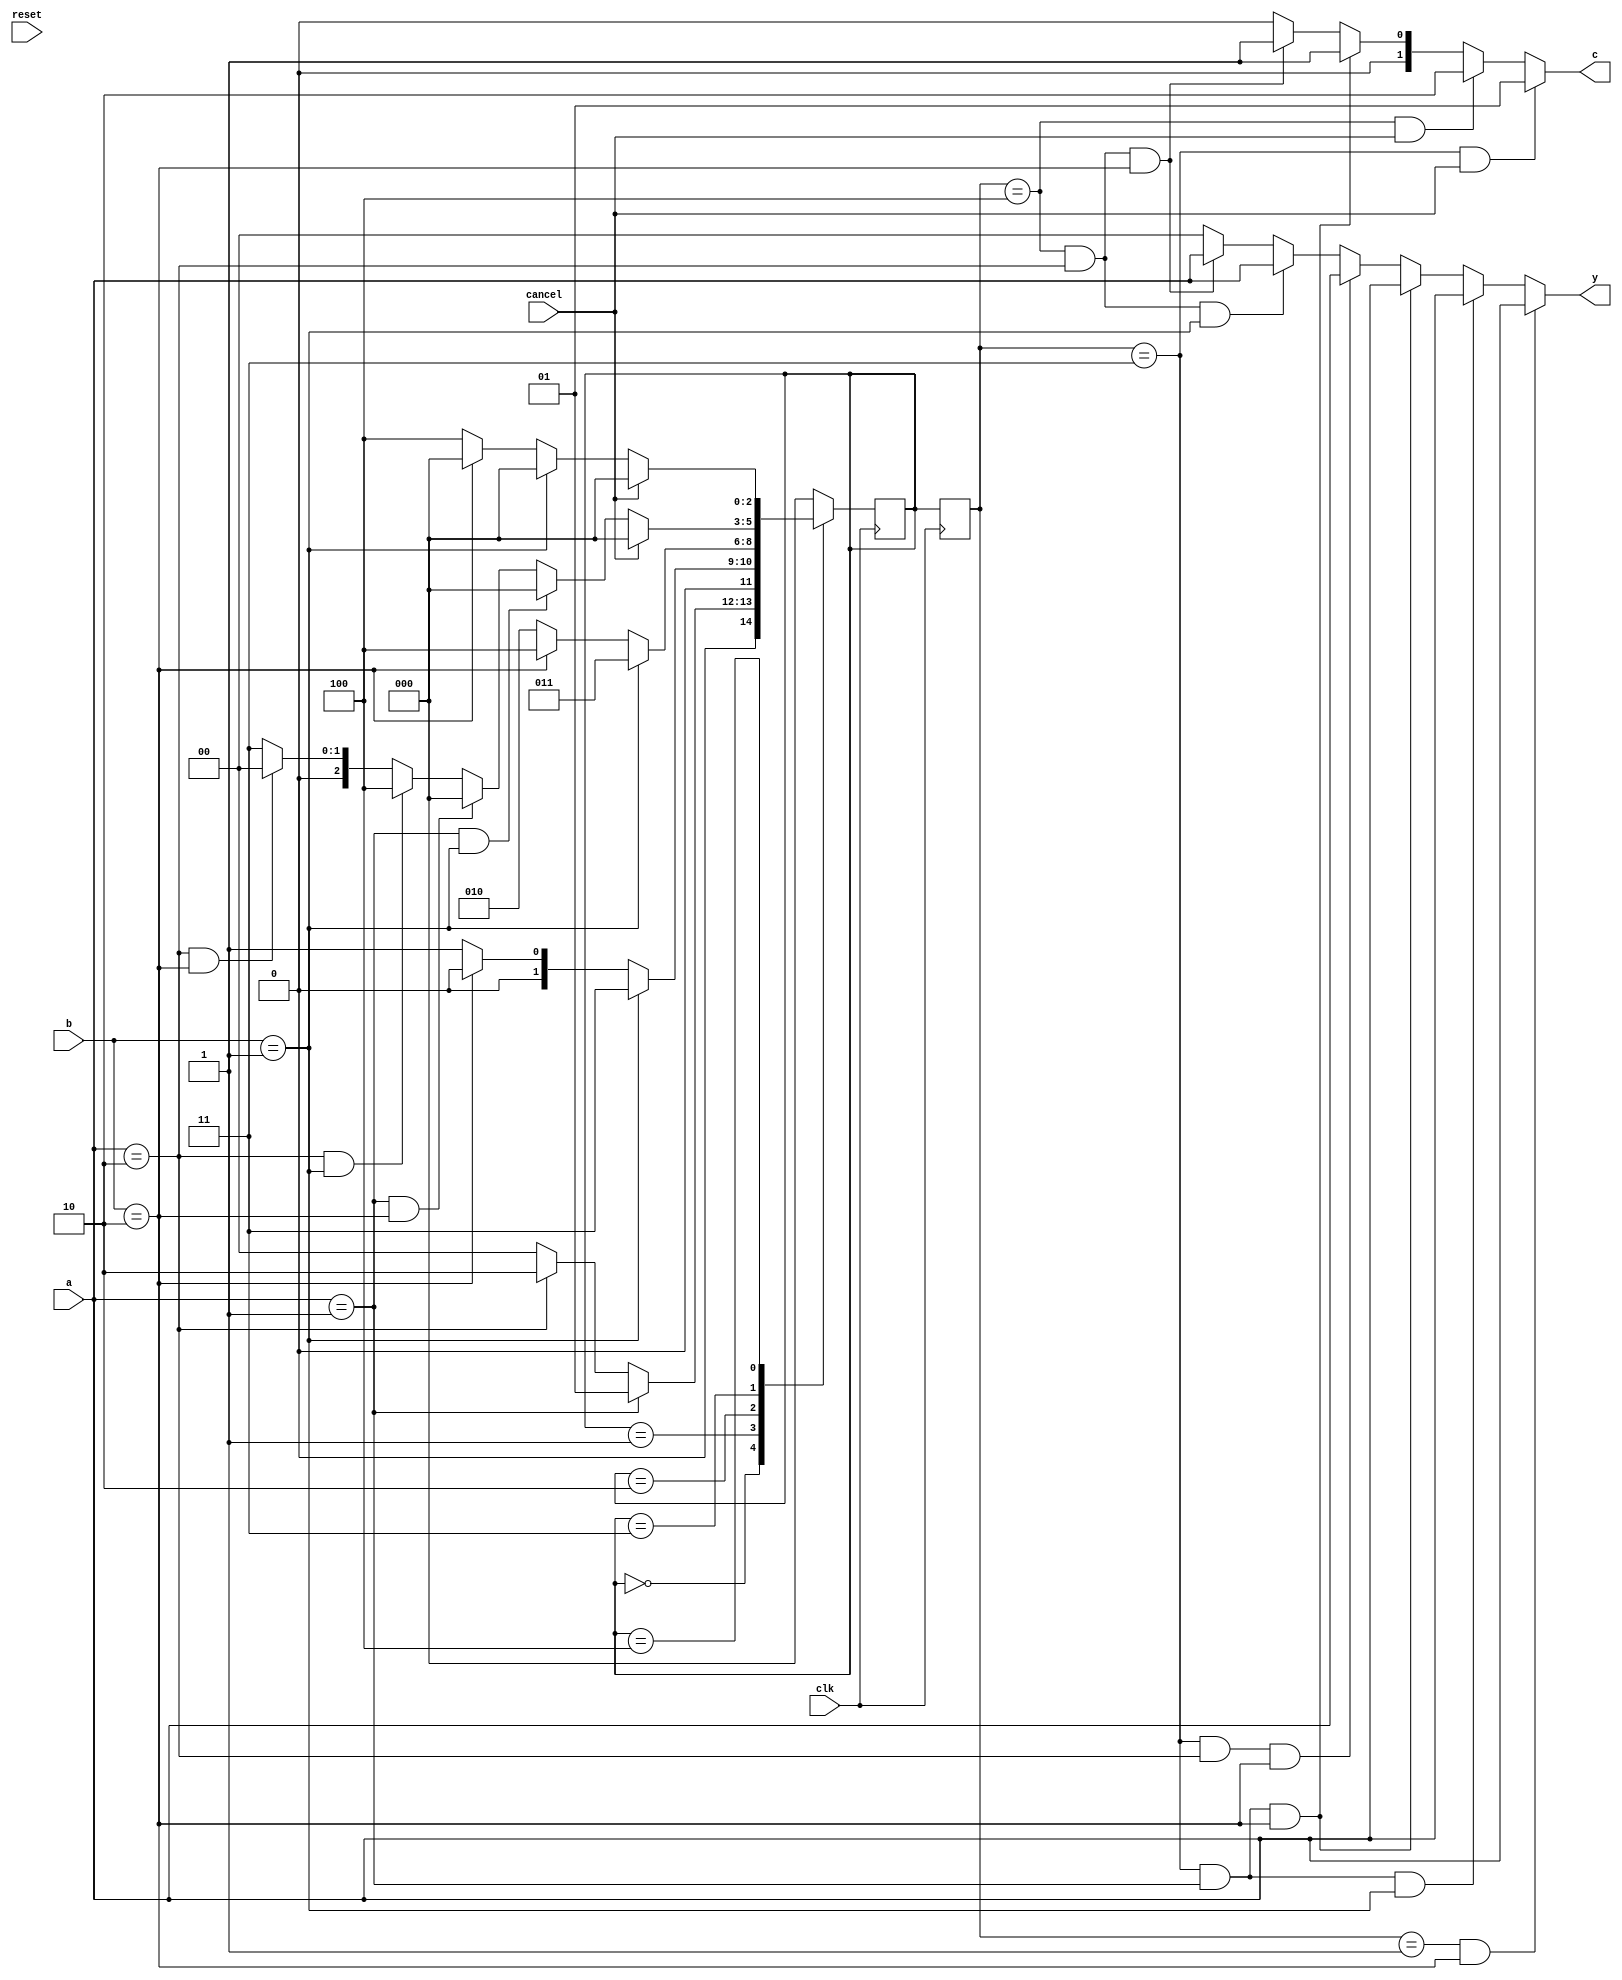
// vm.v
/*
 a : select drink (CocaCola/Pepsi: 01/10)
 b : enter money (Rs 5/10: 01/10)
 y : dispense drink (CocaCola/Pepsi: 01/10)
 c : return change (Rs 0/5/10: 00/01/10)
*/
`timescale 1ns/1ns
module VM(
    input [1:0] a,b,
    input clk,
    input reset,
    input cancel,
    output [0:1] y,c);
    reg [2:0] currentstate, nextstate;

    // States
    parameter s0 = 3'b000;  // Reset, Rs.0
    parameter s1 = 3'b001;  // CocaCola (Rs.10)
    parameter s2 = 3'b010;  // Pepsi    (Rs.15)
    parameter s3 = 3'b011;  // Rs.5
    parameter s4 = 3'b100;  // Rs.10

    always @(posedge clk) begin
        currentstate <= nextstate ;

        //while (!reset) begin
        case (nextstate)

           s0:
               if(a==2'b01)             nextstate <=s1;
               else if(a==2'b10)        nextstate <=s2;
               else                     nextstate <=s0;

           s1:
               if(b==2'b01)             nextstate <=s3;
               else if(b==2'b10)        nextstate <=s0; // c=0
               else                     nextstate <=s1;

           s2:
               if(b==2'b01)             nextstate <=s3;
          else if(b==2'b10)             nextstate <=s4;
          else                          nextstate <=s2;

           s3:
               if(cancel)               nextstate <=s0; // c=5
          else if(a==2'b01 & b==2'b01)  nextstate <=s0; // c=0
          else if(a==2'b01 & b==2'b10)  nextstate <=s0; // c=5
          else if(a==2'b10 & b==2'b01)  nextstate <=s4;
          else if(a==2'b10 & b==2'b10)  nextstate <=s0; // c=0
               else                     nextstate <=s3;

           s4:
               if(cancel)               nextstate <=s0; // c=10
          else if(b==2'b01)             nextstate <=s0; // c=0
          else if(b==2'b10)             nextstate <=s0; // c=5
               else                     nextstate <=s4;
               
           default:                     nextstate <=s0;
       endcase
       end
       // Manual Reset
       //assign reset = !reset;
       //nextstate <=s0;
       //end
       
       // Dispense drink/change
       assign y = (currentstate == s1 & b == 2'b10)?a :
                  (currentstate == s3 & a == 2'b01 & b == 2'b01)?a :
                  (currentstate == s3 & a == 2'b01 & b == 2'b10)?a :
                  (currentstate == s3 & a == 2'b10 & b == 2'b10)?a :
                  (currentstate == s4 & a == 2'b10 & b == 2'b01)?a :
                  (currentstate == s4 & a == 2'b10 & b == 2'b10)?a :
                  2'b00;
              
       assign c = (currentstate == s3 & cancel)?2'b01 :
                  (currentstate == s4 & cancel)?2'b10 :
                  (currentstate == s3 & a == 2'b01 & b == 2'b10)?2'b01 :
                  (currentstate == s4 & a == 2'b10 & b == 2'b10)?2'b01 :
                  2'b00;

 endmodule